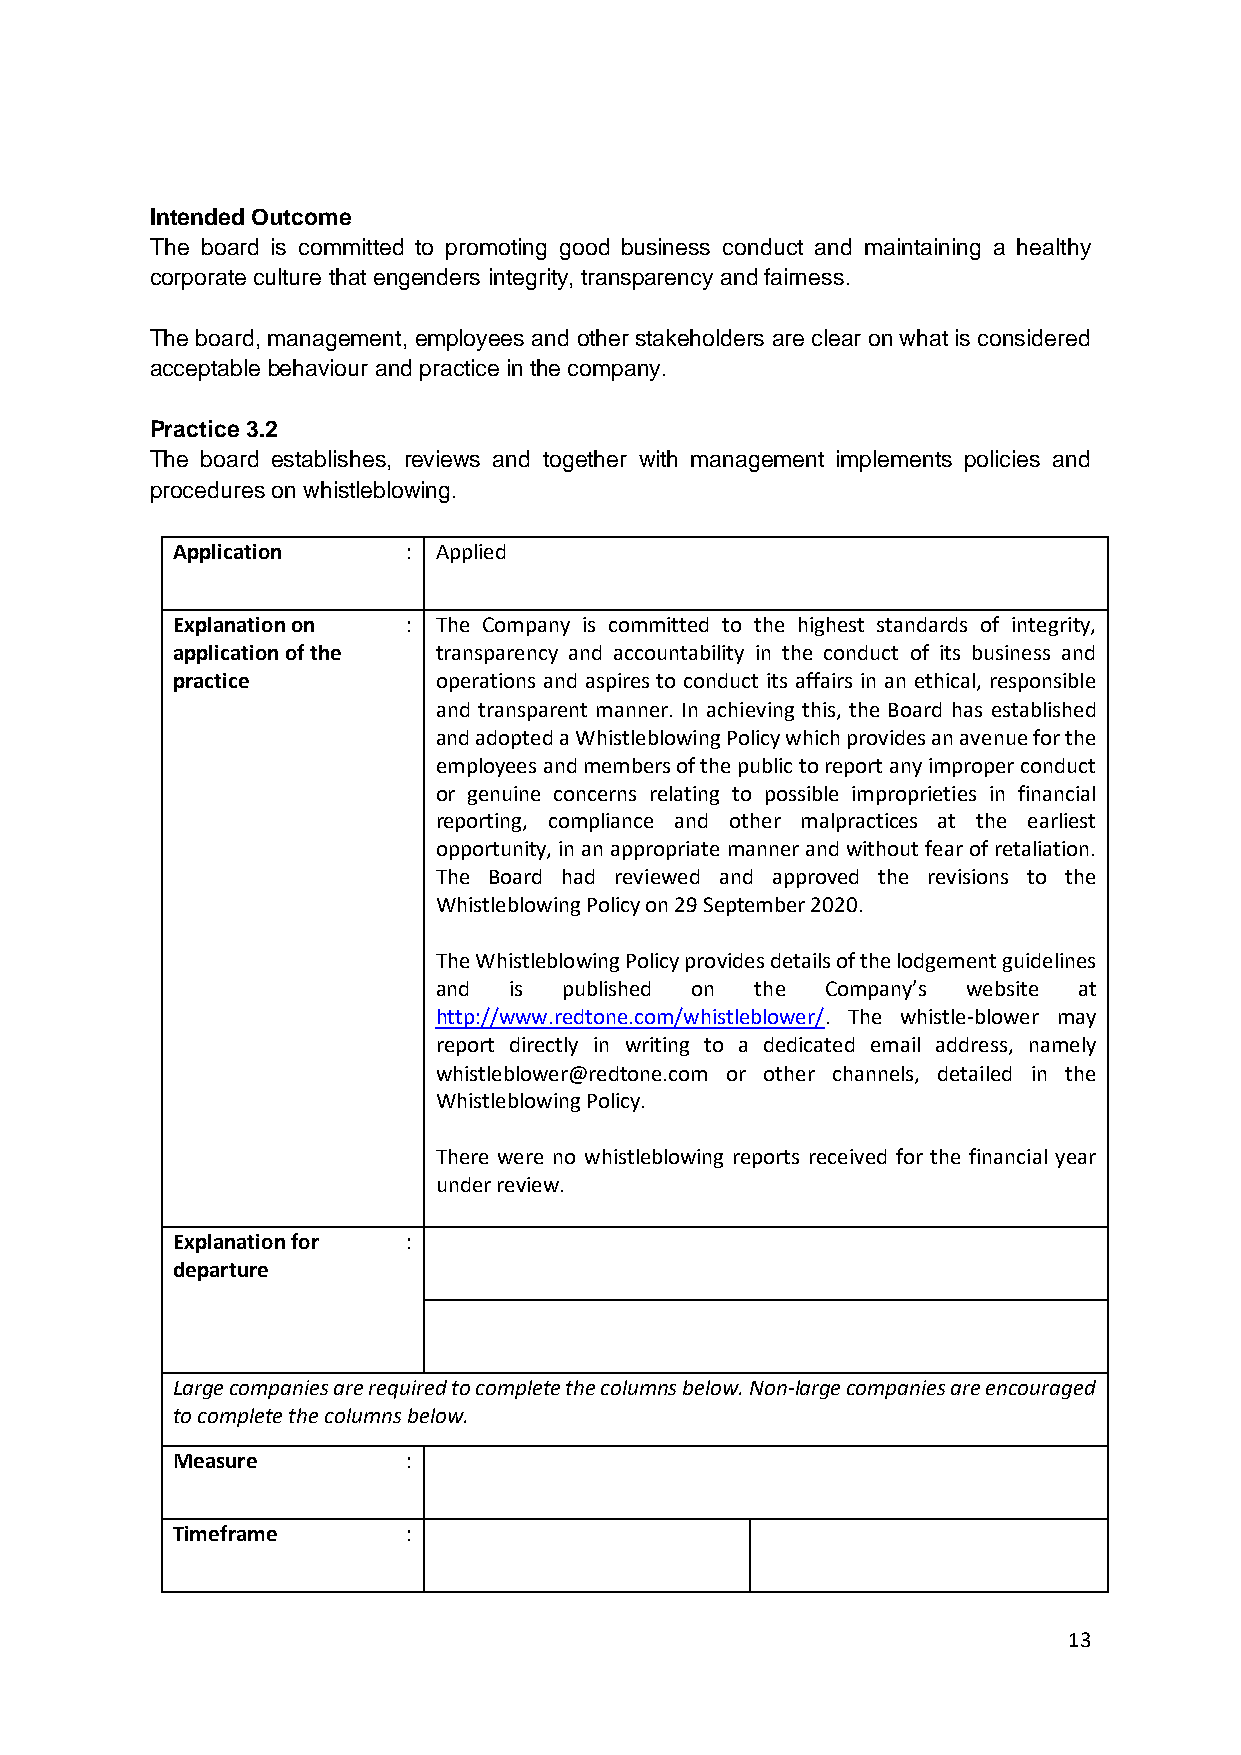
Intended Outcome
 The board is committed to promoting good business conduct and maintaining a healthy
 corporate culture that engenders integrity, transparency and fairness.
 The board, management, employees and other stakeholders are clear on what is considered
 acceptable behaviour and practice in the company.
 Practice 3.2
 The board establishes, reviews and together with management implements policies and
 procedures on whistleblowing.
 Application     : Applied
 Explanation on  : The Company is committed to the highest standards of integrity,
 application of the transparency and accountability in the conduct of its business and
 practice          operations and aspires to conduct its affairs in an ethical, responsible
 and transparent manner. In achieving this, the Board has established
 and adopted a Whistleblowing Policy which provides an avenue for the
 employees and members of the public to report any improper conduct
 or genuine concerns relating to possible improprieties in financial
 reporting, compliance and other malpractices at the earliest
 opportunity, in an appropriate manner and without fear of retaliation.
 The Board had reviewed and approved the revisions to the
 Whistleblowing Policy on 29 September 2020.
 The Whistleblowing Policy provides details of the lodgement guidelines
 and  is published on the  Company’s website at
 http://www.redtone.com/whistleblower/. The whistle-blower may
 report directly in writing to a dedicated email address, namely
 whistleblower@redtone.com or other channels, detailed in the
 Whistleblowing Policy.
 There were no whistleblowing reports received for the financial year
 under review.
 Explanation for :
 departure
 Large companies are required to complete the columns below. Non-large companies are encouraged
 to complete the columns below.
 Measure         :
 Timeframe       :
 13